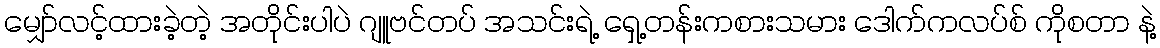
မျှော်လင့်ထားခဲ့တဲ့ အတိုင်းပါပဲ ဂျူဗင်တပ် အသင်းရဲ့ ရှေ့တန်းကစားသမား ဒေါက်ကလပ်စ် ကိုစတာ နဲ့